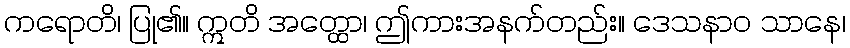
ကရောတိ၊ ပြု၏။ ဣတိ အတ္ထော၊ ဤကားအနက်တည်း။ ဒေသနာဝ သာနေ၊